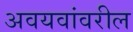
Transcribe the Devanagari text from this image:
अवयवांवरील